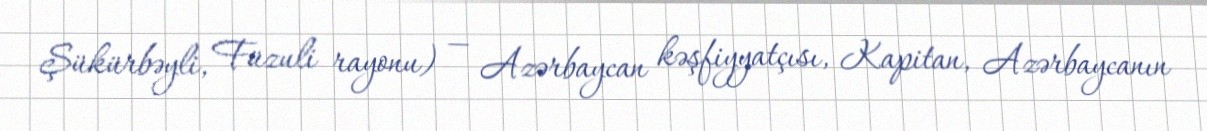
Şükürbəyli, Füzuli rayonu) — Azərbaycan kəşfiyyatçısı, Kapitan, Azərbaycanın